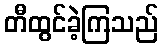
တီထွင်ခဲ့ကြသည်